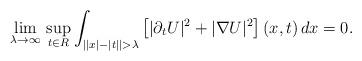
LaTeX: \begin{align*}\lim_{\lambda\to\infty}\,\sup_{t\in R}\int_{\left||x|-|t|\right|>\lambda}\left[|\partial_tU|^2+|\nabla U|^2\right](x,t)\,dx=0.\end{align*}